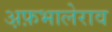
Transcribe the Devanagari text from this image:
अ़फ़भालेराव